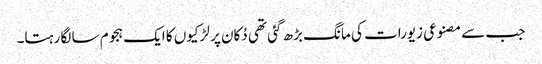
جب سے مصنوعی زیورات کی مانگ بڑھ گئی تھی دُکان پر لڑکیوں کا ایک ہجوم سا لگا رہتا۔